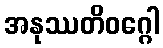
အနုဿတိဝဂ္ဂေါ